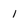
Character: l